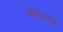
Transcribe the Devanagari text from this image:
नोटवाने